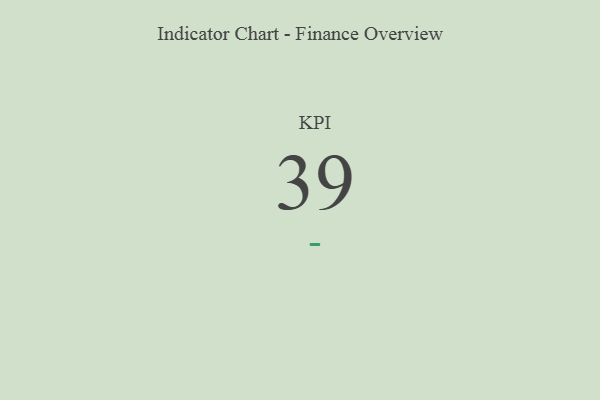
{"axis": {"x": "KPI", "y": "Value"}, "legend": [""], "data": [{"x": "KPI", "y": 39, "type": ""}]}